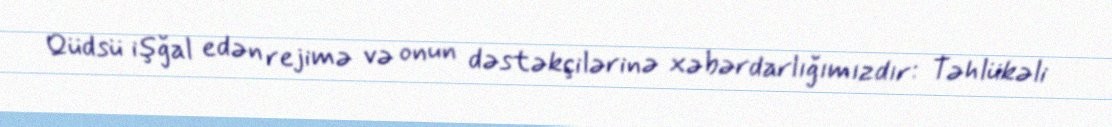
Qüdsü işğal edən rejimə və onun dəstəkçilərinə xəbərdarlığımızdır: Təhlükəli